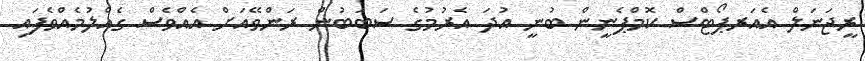
ރީޖަނަލް އެއަރޕޯޓްސް ކޮމްޕެނީން ބުނީ އުދަ އެރުމުގެ ސަބަބުން ރަންވޭއަށް އެއްވެސް ގެއްލުމެއްވެފައި